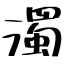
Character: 濁